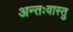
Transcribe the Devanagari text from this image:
अन्तःवास्तु